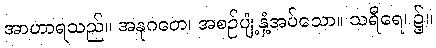
အာဟာရသည်။ အနုဂတေ၊ အစဉ်ပျံ့နှံ့အပ်သော။ သရီရေ၊ ၌။